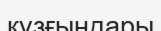
құзғындары